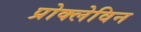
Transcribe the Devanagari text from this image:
प्रोक्लेविन